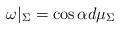
LaTeX: \begin{align*}\omega|_\Sigma=\cos\alpha d\mu_\Sigma\end{align*}